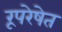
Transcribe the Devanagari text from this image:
रूपरेषेत